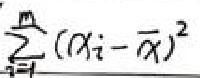
$\sum_{i = 1}^{m} ( x _ { i } - \overline { x } ) ^ { 2 }$